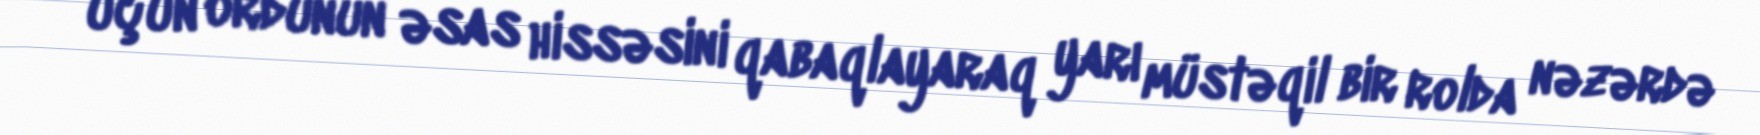
üçün ordunun əsas hissəsini qabaqlayaraq yarı müstəqil bir rolda nəzərdə